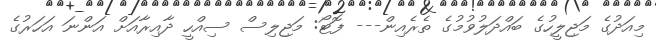
މިއަދުގެ މަޖިލީހުގެ ބައްދަލުވުމުގެ ތެރެއިން--- ފޮޓޯ: މަޖިލިސް ސިއްހީ ދާއިރާއަށް އަންނަ އަހަރުގެ